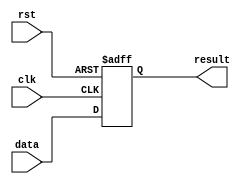
module behavioral_modeling_block(
    input clk,
    input rst,
    input data,
    output reg result
);

always @(posedge clk or negedge rst) begin
    if (~rst) begin
        result <= 0;
    end else begin
        result <= data;
    end
end

endmodule